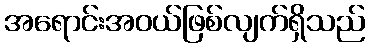
အရောင်းအဝယ်ဖြစ်လျက်ရှိသည်